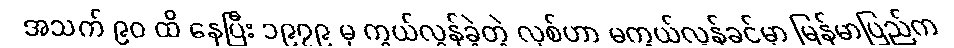
အသက် ၉၀ ထိ နေပြီး ၁၉၇၉ မှ ကွယ်လွန်ခဲ့တဲ့ လုစ်ဟာ မကွယ်လွန်ခင်မှာ မြန်မာပြည်က